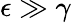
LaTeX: \epsilon\gg\gamma